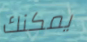
يمكنك